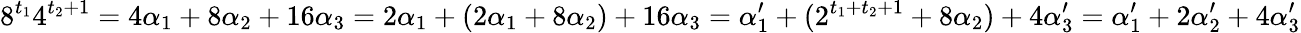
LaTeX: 8^{t_{1}}4^{t_{2}+1}=4\alpha_{1}+8\alpha_{2}+16\alpha_{3}=2\alpha_{1}+(2\alpha_{1}+8\alpha_{2})+16\alpha_{3}=\alpha_{1}^{\prime}+(2^{t_{1}+t_{2}+1}+8\alpha_{2})+4\alpha_{3}^{\prime}=\alpha_{1}^{\prime}+2\alpha_{2}^{\prime}+4\alpha_{3}^{\prime}